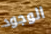
الوجود